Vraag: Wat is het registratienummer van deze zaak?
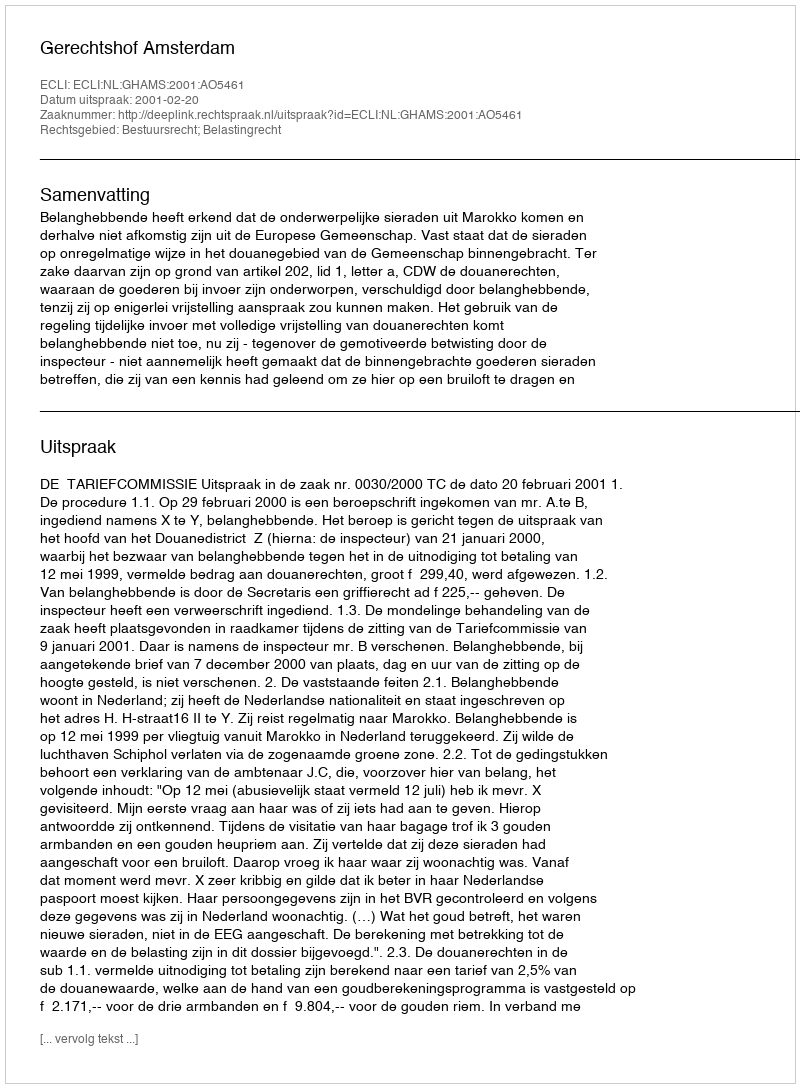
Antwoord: http://deeplink.rechtspraak.nl/uitspraak?id=ECLI:NL:GHAMS:2001:AO5461